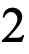
2